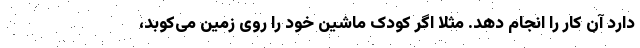
دارد آن کار را انجام دهد. مثلا اگر کودک ماشین خود را روی زمین می‌کوبد،